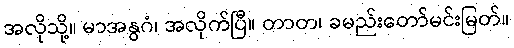
အလိုသို့။ မာအနွဂံ၊ အလိုက်ပြီ။ တာတ၊ ခမည်းတော်မင်းမြတ်။